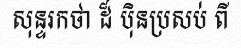
សុន្ទរកថា ដ៏ ប៉ិនប្រសប់ ពី